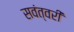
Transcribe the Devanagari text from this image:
सवंत्वरी